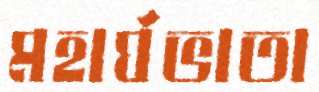
মহার্ঘভাতা